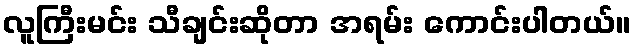
လူကြီးမင်း သီချင်းဆိုတာ အရမ်း ကောင်းပါတယ်။